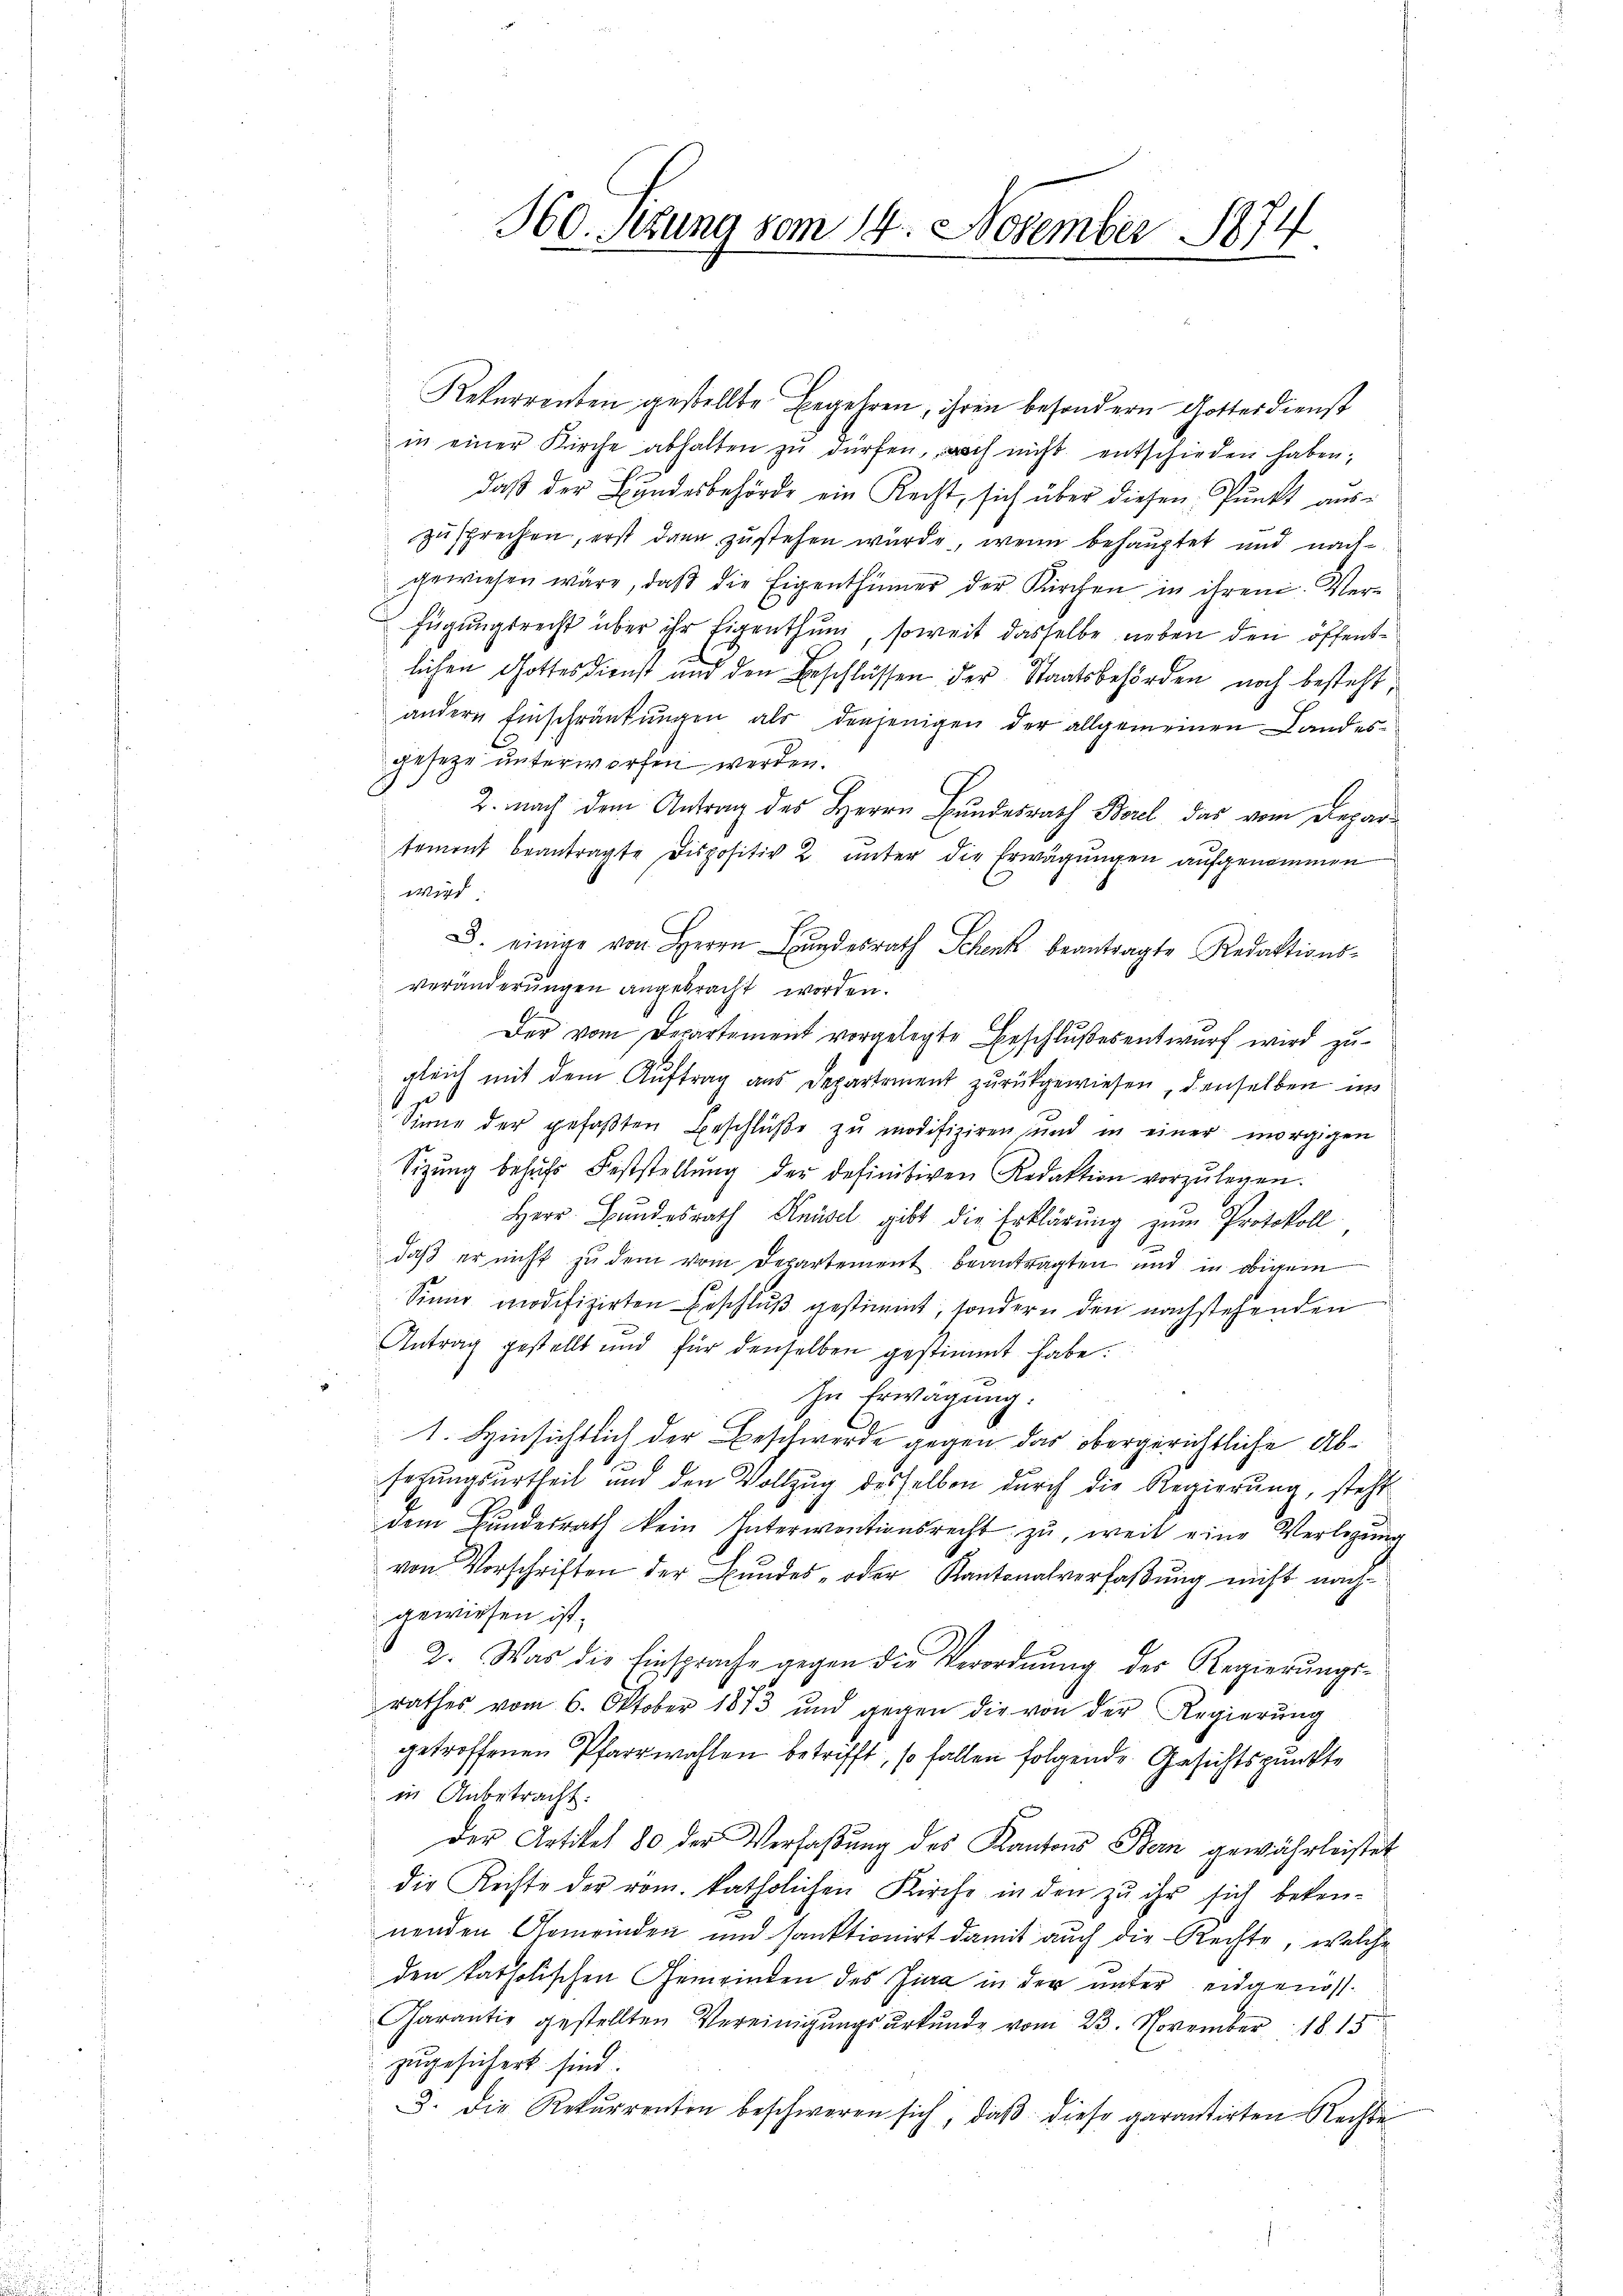
360. Sekung vom 14. November 1874

Rekurrenten gestellte Begehren, ihren besondern Gottesdienst
in einer Kirche abhalten zŭ dürfen, noch nicht entschieden haben;
daß der Bundesbehörde ein Recht, sich über diesen Punkt auszusprechen, erst dann zustehen wurde, wenn behauptet und nachgewiesen wäre, daβ die Eigenthümer der Kirchen in ihren Verfügungsrecht über ihr Eigenthum, soweit dasselbe neben den öffentlichen Gottesdienst und den Beschlüssen der Staatsbehörden noch besteht
andern Einschränkungen als denjenigen der allgemeinen Landesgeseze unterworfen werden.
2. nach dem Antrag des Herrn Bundesrath Borel, das vom Departement beantragte Dispositiv 2. unter die Erwägŭngen aufgenommen
wird
D. einige von Herrn Bŭndesrath Schenk beantragte Redaktions-
veränderungen angebracht worden.
Der vom Departement vorgelegte Beschlußesentwurf wird zugleich mit dem Auftrag aus Departement zurückgewiesen, denselben in
Sinne der gefaßten Beschluße zu modifiziren und in einer morgigen
Sizŭng behŭfs Feststellŭng der definitiven Redaktion vorzŭlegen.
Herr Bundesrath Knüsel gibt die Erklärung zŭm Protokoll
daβ er nicht zu dem vom Departement beantragten und in obigem
Sinne modifizirten Beschluß gestimmt, sondern den nachstehenden
Antrag gestellt und für denselben gestimmt habe.
In Erwägung.
1. Hinsichtlich der Beschwerde gegen das obergerichtliche Absezungsurtheil und den Vollzŭg desselben durch die Regierŭng, steht
dem Bundesrath kein Interientionsrecht zu, weit eine Verlegung
von Vorschriften der Bŭndes- oder Kantonalverfaβŭng nicht nach-
gewiesen ist.
2. Was die Einsprache gegen die Verordnŭng des Regierŭngs-
rathes vom 6. Oktober 1873 und gegen die von der Regierŭng
getroffenen Pfarrwahlen betrifft, so fallen folgende Gesichtspunkte
in Anbetracht:
der Artikel 80 der Verfaßung des Kantons Bern gewährleistet
die Rechte der rom. katholichen Kirche in den zu ihr sich bekennenden Gemeinden und sanktionirt damit auch die Rechte, welche
den katholischen Gemeinden des Jura in der unter eidgenos¬
Garantis gestellten Vereinigungsurkunde vom 23. November 1815.
zugesichert sind.
3. Die Rekurrenten beschweren sich, daß diese garantirten Rechte